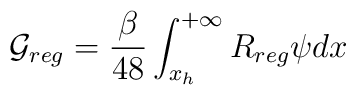
{\cal G}_{reg}={\beta \over 48} \int_{x_h}^{+\infty}R_{reg} \psi dx